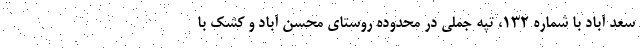
سعد آباد با شماره ۱۳۲، تپه جملی در محدوده روستای محسن آباد و کشک با